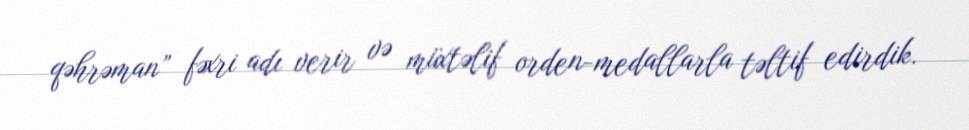
qəhrəman” fəxri adı verir və müxtəlif orden-medallarla təltif edirdik.